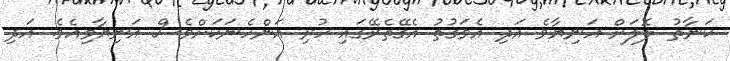
ކަނާތު ލޮލަށް އަނިޔާވެ އަދި އެވަގުތު އެގޭތެރޭގައި ހުރި އަންހެނަކަށްވެސް އަނިޔާވިއެވެ. އަދި